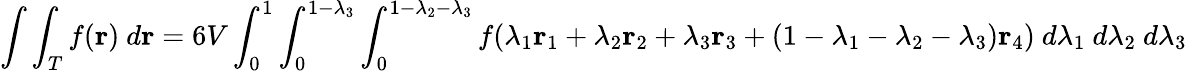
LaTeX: \int\int_{T}f(\mathbf{r})\ d\mathbf{r}=6V\int_{0}^{1}\int_{0}^{1-\lambda_{3}}\int_{0}^{1-\lambda_{2}-\lambda_{3}}f(\lambda_{1}\mathbf{r}_{1}+\lambda_{2}\mathbf{r}_{2}+\lambda_{3}\mathbf{r}_{3}+(1-\lambda_{1}-\lambda_{2}-\lambda_{3})\mathbf{r}_{4})\ d\lambda_{1}\ d\lambda_{2}\ d\lambda_{3}